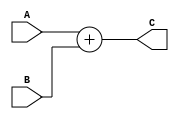
module Adder(
    input  [31:0]A,
    input  [31:0]B,
    output [31:0]C
);
assign C=A+B;
endmodule